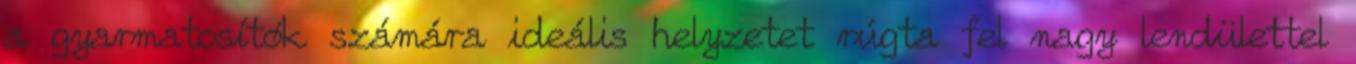
a gyarmatosítók számára ideális helyzetet rúgta fel nagy lendülettel